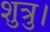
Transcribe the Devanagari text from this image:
शुत्रु।